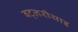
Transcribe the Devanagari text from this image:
बट्लरीयाइ